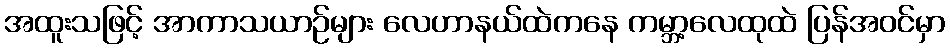
အထူးသဖြင့် အာကာသယာဉ်များ လေဟာနယ်ထဲကနေ ကမ္ဘာ့လေထုထဲ ပြန်အဝင်မှာ